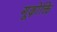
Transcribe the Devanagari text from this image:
गूढ़ोक्ति